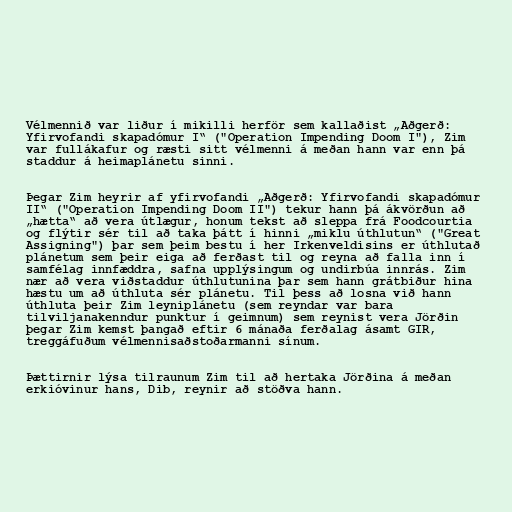
Vélmennið var liður í mikilli herför sem kallaðist „Aðgerð:
Yfirvofandi skapadómur I“ ("Operation Impending Doom I"), Zim
var fullákafur og ræsti sitt vélmenni á meðan hann var enn þá
staddur á heimaplánetu sinni.

Þegar Zim heyrir af yfirvofandi „Aðgerð: Yfirvofandi skapadómur
II“ ("Operation Impending Doom II") tekur hann þá ákvörðun að
„hætta“ að vera útlægur, honum tekst að sleppa frá Foodcourtia
og flýtir sér til að taka þátt í hinni „miklu úthlutun“ ("Great
Assigning") þar sem þeim bestu í her Irkenveldisins er úthlutað
plánetum sem þeir eiga að ferðast til og reyna að falla inn í
samfélag innfæddra, safna upplýsingum og undirbúa innrás. Zim
nær að vera viðstaddur úthlutunina þar sem hann grátbiður hina
hæstu um að úthluta sér plánetu. Til þess að losna við hann
úthluta þeir Zim leyniplánetu (sem reyndar var bara
tilviljanakenndur punktur í geimnum) sem reynist vera Jörðin
þegar Zim kemst þangað eftir 6 mánaða ferðalag ásamt GIR,
treggáfuðum vélmennisaðstoðarmanni sínum.

Þættirnir lýsa tilraunum Zim til að hertaka Jörðina á meðan
erkióvinur hans, Dib, reynir að stöðva hann.